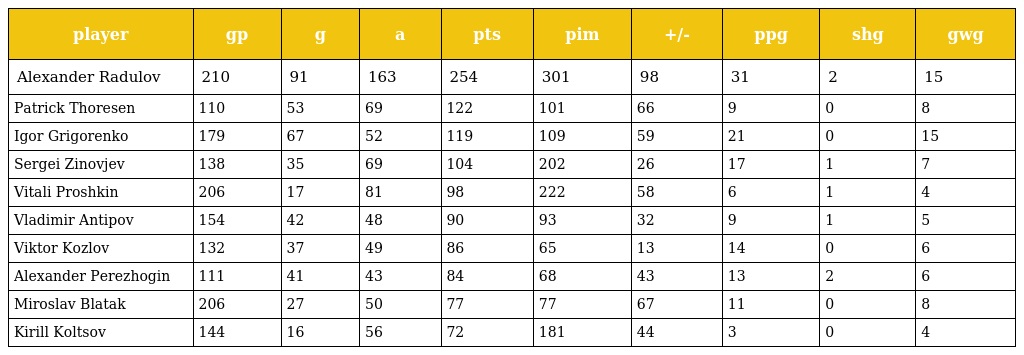
| player | gp | g | a | pts | pim | +/- | ppg | shg | gwg |
 | --- | --- | --- | --- | --- | --- | --- | --- | --- | --- |
 | Alexander Radulov | 210 | 91 | 163 | 254 | 301 | 98 | 31 | 2 | 15 |
 | Patrick Thoresen | 110 | 53 | 69 | 122 | 101 | 66 | 9 | 0 | 8 |
 | Igor Grigorenko | 179 | 67 | 52 | 119 | 109 | 59 | 21 | 0 | 15 |
 | Sergei Zinovjev | 138 | 35 | 69 | 104 | 202 | 26 | 17 | 1 | 7 |
 | Vitali Proshkin | 206 | 17 | 81 | 98 | 222 | 58 | 6 | 1 | 4 |
 | Vladimir Antipov | 154 | 42 | 48 | 90 | 93 | 32 | 9 | 1 | 5 |
 | Viktor Kozlov | 132 | 37 | 49 | 86 | 65 | 13 | 14 | 0 | 6 |
 | Alexander Perezhogin | 111 | 41 | 43 | 84 | 68 | 43 | 13 | 2 | 6 |
 | Miroslav Blatak | 206 | 27 | 50 | 77 | 77 | 67 | 11 | 0 | 8 |
 | Kirill Koltsov | 144 | 16 | 56 | 72 | 181 | 44 | 3 | 0 | 4 |